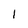
Character: I